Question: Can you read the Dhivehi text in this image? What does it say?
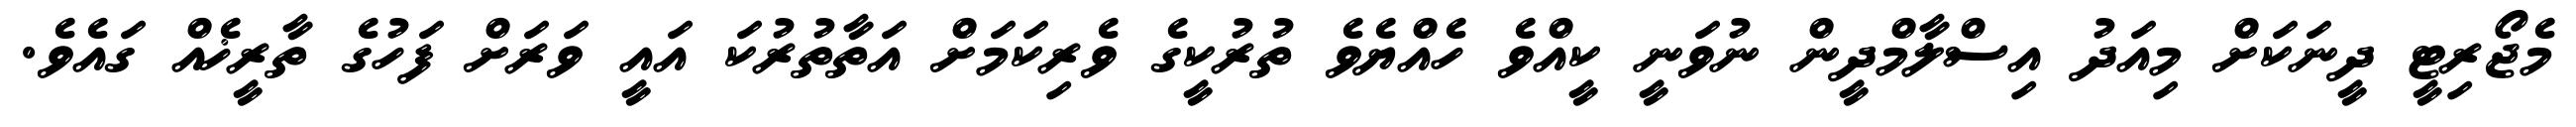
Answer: މެޖޯރިޓީ ދީނަކަށް މިއަދު އިސްލާމްދީން ނުވަނީ ކީއްވެ ހެއްޔެވެ ތުރުކީގެ ވެރިކަމަށް އަތާތުރުކަ އައީ ވަރަށް ފަހުގެ ތާރީޚެއް ގައެވެ.